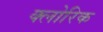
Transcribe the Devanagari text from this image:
क्लोरिक